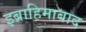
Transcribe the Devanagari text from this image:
इब्राहिमाबाद